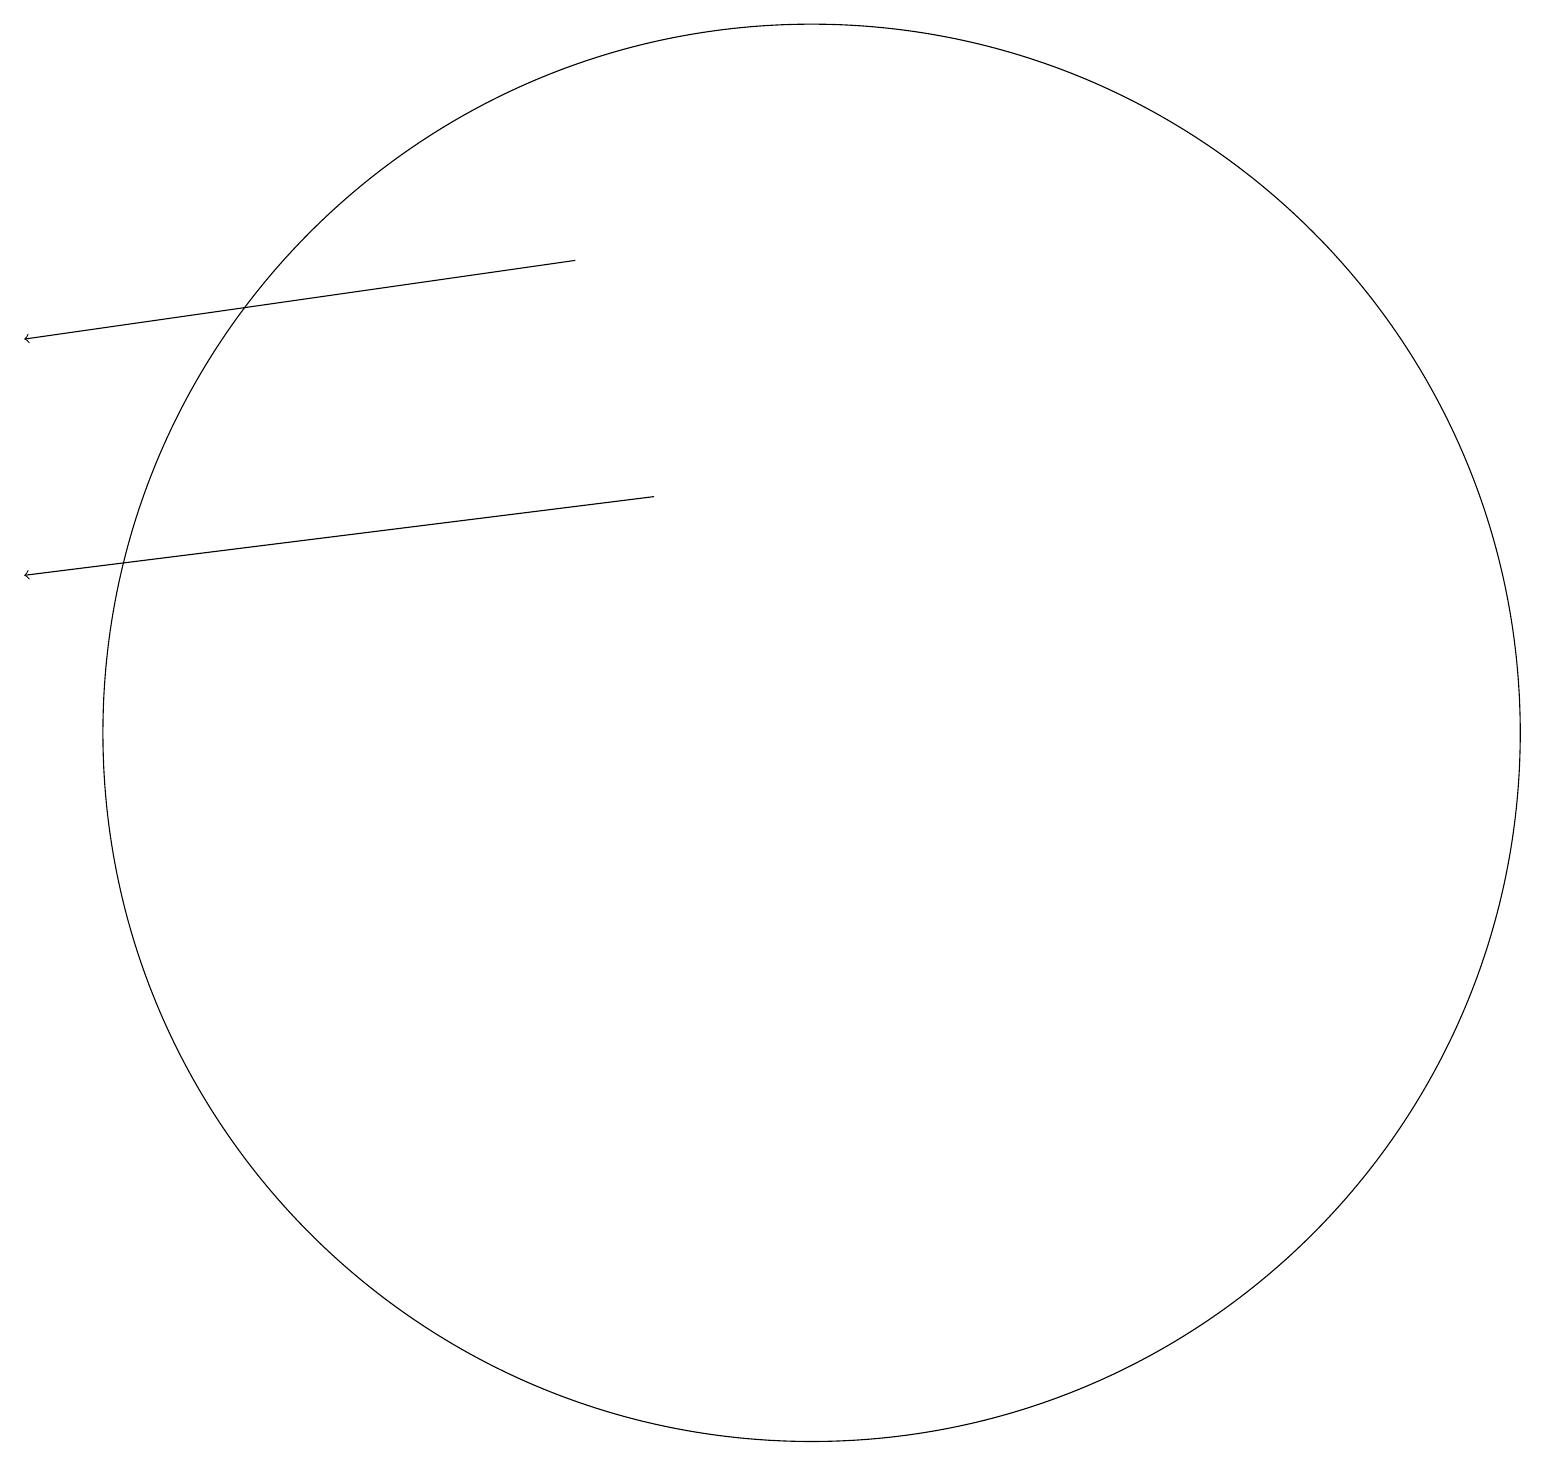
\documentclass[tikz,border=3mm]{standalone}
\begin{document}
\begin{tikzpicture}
\draw (11,10) circle (9);
\draw[->] (8,16) -- (1,15);
\draw[->] (9,13) -- (1,12);
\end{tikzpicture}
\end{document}